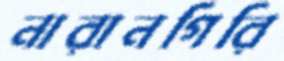
নারানগিরি